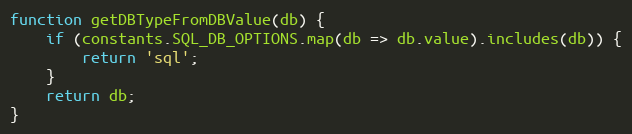
Language: JavaScript
function getDBTypeFromDBValue(db) {
    if (constants.SQL_DB_OPTIONS.map(db => db.value).includes(db)) {
        return 'sql';
    }
    return db;
}